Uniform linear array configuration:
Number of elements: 32
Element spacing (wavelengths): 1
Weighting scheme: cosine
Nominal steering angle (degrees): -45
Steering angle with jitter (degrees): -45.48
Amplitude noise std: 0.05
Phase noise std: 0.05

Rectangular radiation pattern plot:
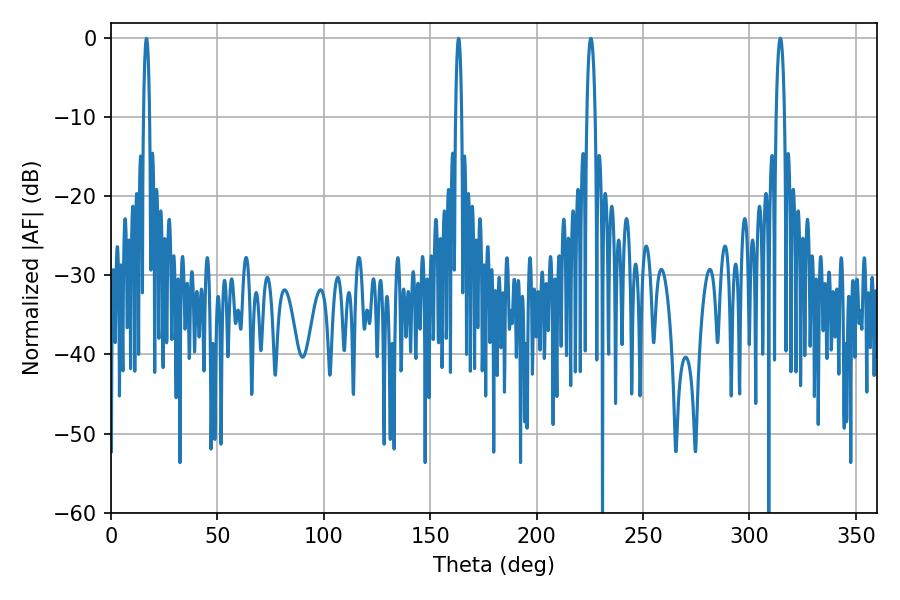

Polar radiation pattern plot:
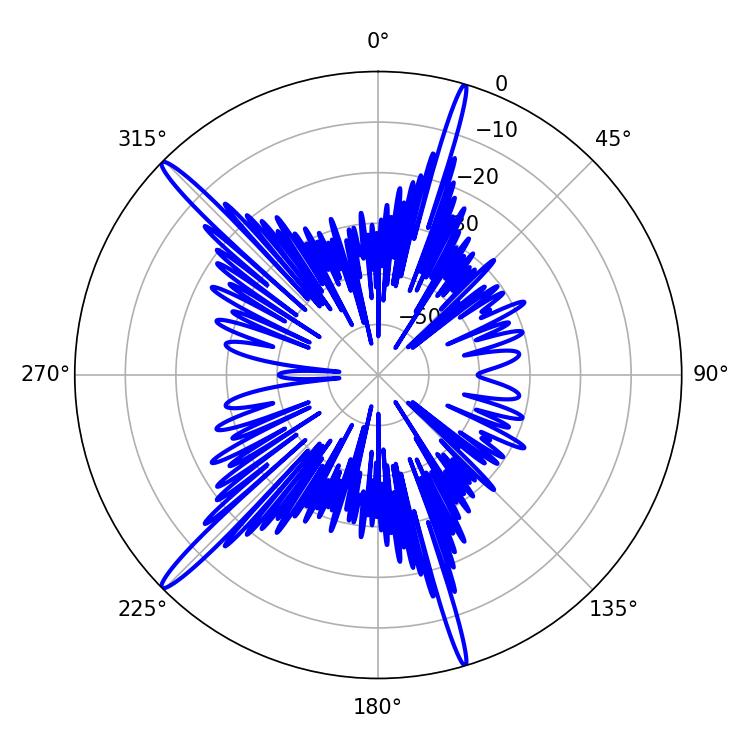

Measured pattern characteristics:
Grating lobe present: TRUE
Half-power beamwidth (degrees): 2.16
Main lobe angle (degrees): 314.46